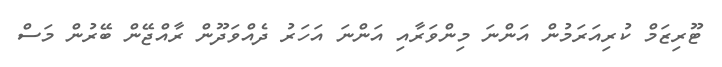
ޓޫރިޒަމް ކުރިއަރަމުން އަންނަ މިންވަރާއި އަންނަ އަހަރު ދެއްވަދޫން ރާއްޖޭން ބޭރުން މަސް